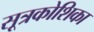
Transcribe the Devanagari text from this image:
सूत्रकोशिका